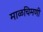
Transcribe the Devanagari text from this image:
माळचिमणी